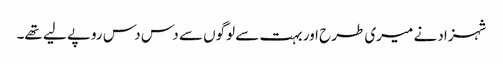
شہزاد نے میری طرح اور بہت سے لوگوں سے دس دس روپے لیے تھے۔